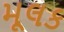
મૂલક